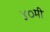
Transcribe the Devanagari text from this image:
४०मी